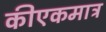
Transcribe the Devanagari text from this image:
कीएकमात्र